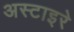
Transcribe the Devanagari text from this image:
अस्टाइरे